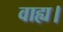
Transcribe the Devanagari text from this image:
वाह्य।